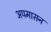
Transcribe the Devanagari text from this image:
अपमासन